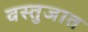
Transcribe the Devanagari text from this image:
वस्तुजात